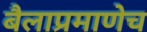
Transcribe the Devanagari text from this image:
बैलाप्रमाणेच